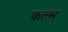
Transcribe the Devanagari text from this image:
कल्म